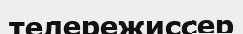
телережиссер